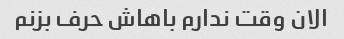
الان وقت ندارم باهاش ​​حرف بزنم